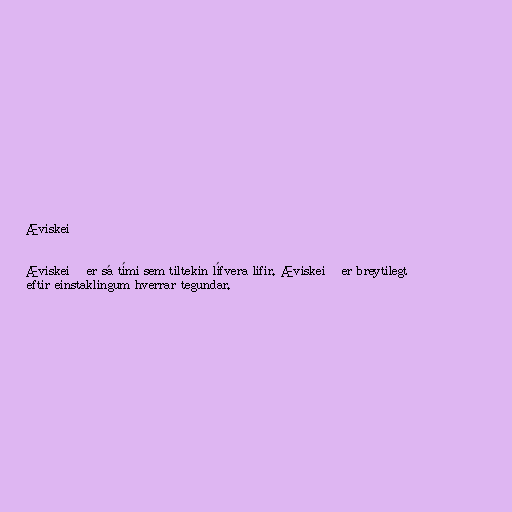
Æviskeið

Æviskeið er sá tími sem tiltekin lífvera lifir. Æviskeið er breytilegt
eftir einstaklingum hverrar tegundar.